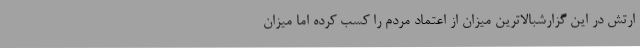
ارتش در این گزارشبالاترین میزان از اعتماد مردم را کسب کرده اما میزان